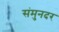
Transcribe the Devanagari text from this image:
संमुनदर